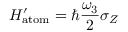
H _ { \mathrm { a t o m } } ^ { \prime } = \hbar \frac { \omega _ { 3 } } { 2 } \sigma _ { Z }